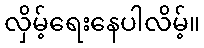
လှိမ့်ရေးနေပါလိမ့်။